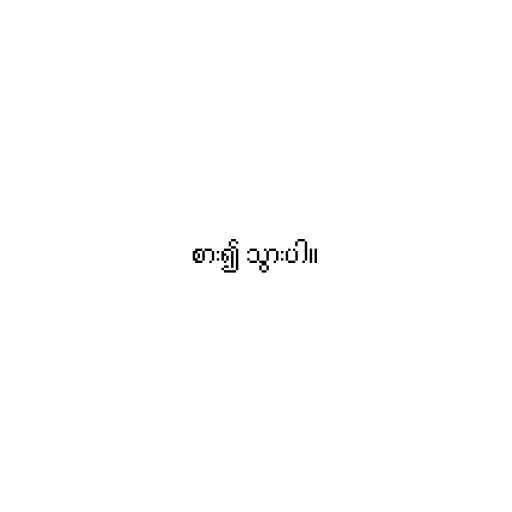
စား၍ သွားပါ။